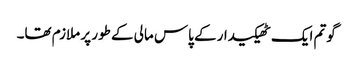
گوتم ایک ٹھیکیدار کے پاس مالی کے طور پر ملازم تھا۔